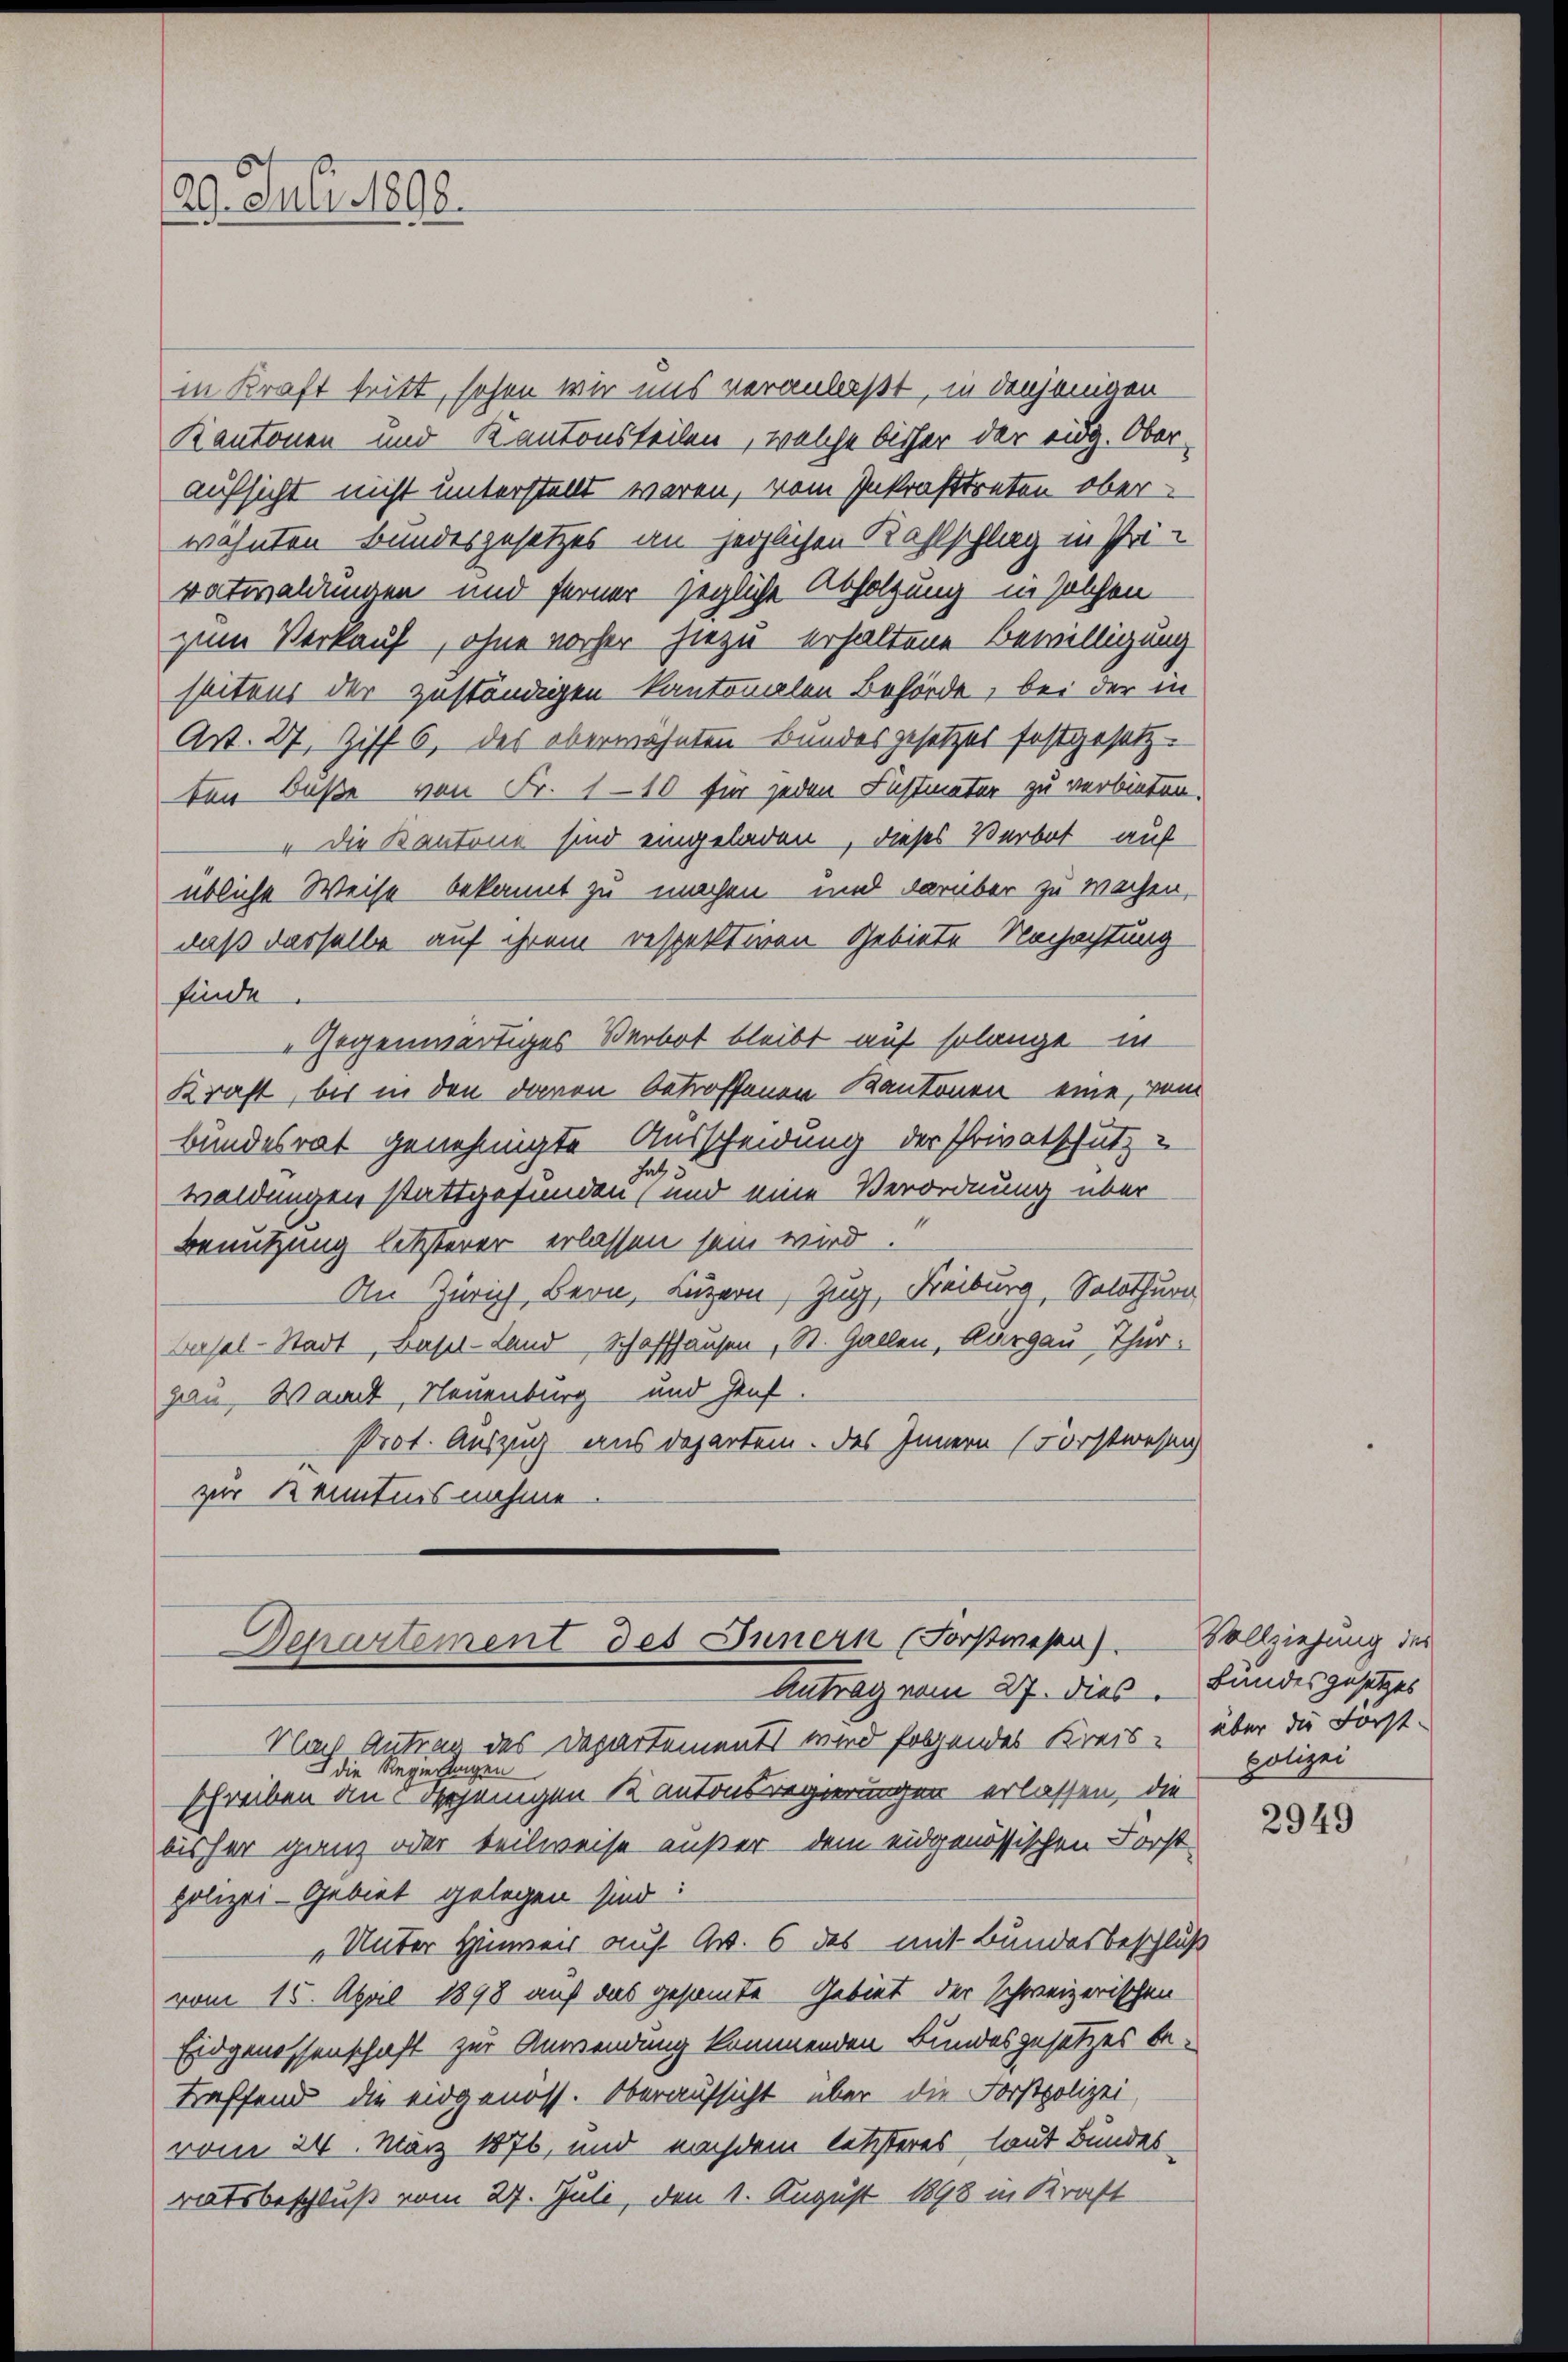
29. Juli 1898.

in Kraft tritt, sehen wir uns veranlaßt, in denjenigen
Kantonen und Kantonsteilen, welche bisher der eidg. Oberaufsicht nicht unterstellt waren, vom Inkrafttreten ober
wähnten Bundesgesetzes an herzlichen Kahlschlag in Pri-
vatwaldungen und ferner gegliche Abholzung in solchen
zum Verkauf, ohne vorher hiezu erhaltene Bewilligung
seitens der zuständigen kantonalen Behörde, bei der in
Art. 27, Ziff. 6, des oberwähnten Bundesgesetzes festgesetz-
ten Buße von Fr. 110 für jeden Fastmater zu verbieten.
" die Kantone sind eingeladen, dieses Verbot auf
übliche Weise bekannt zu machen und darüber zu wachen,
daß dasselbe auf ihrem respektiven Gebiete Nachachtung
finde.
„Gegenwärtiges Verbot bleibt auf solange in
Kraft, bis in den davon betroffenen Kantonen eine, vom
bundesrat genehmigte Ausscheidung der Privatschutz-
satz
waldungen stattgefunden, und eine Verordnung über
Benutzung letzterer erlassen sein wird.
An Zürich, Bern, Luzern, Zug, Freiburg, Solothurn
Basel-Stadt, Basel-Land Schaffhausen, St. Gallen, Aargau, Thierpan Waadt, Neuenburg und Genf.
Prot. Auszug aus Departem. Das Innern (Forstwesen
zur Kenntnisnehme

Departement des Innern (Forstwesen.
Antrag vom 27. dies Bundesgesetzes

Nach Antrag des Departements wird folgendes Kreis-
die Regierungen
schreiben an 5 derjenigen Kantonsregierungen erlassen, die
bisher ganz oder teilweise außer dem eidgenössischen Forst-
polizei-Gebiet gelegen sind:
„Unter Himmer auf Art. 6 des mit Bundesbeschluß
vom 15. April 1898 auf das gesammte Gebiet der schweizerischen
Eidgenossenschaft zur Anwendung kommenden Bundesgesetzes betreffend die eidgenoss. Oberaufsicht über die Forstpolizei,
vom 24. März 1876, und nachdem letzteres laut Bundes
ratsbeschluß vom 27. Juli, den 1. August 1898 in Kraft

Vollziehung des
über die Forst
polizei

2949